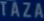
TAZA